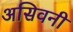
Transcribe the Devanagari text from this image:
असिवनी